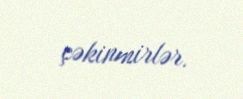
çəkinmirlər.